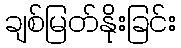
ချစ်မြတ်နိုးခြင်း